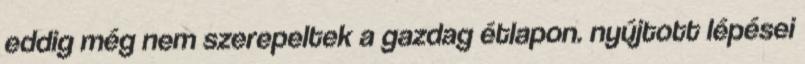
eddig még nem szerepeltek a gazdag étlapon. nyújtott lépései